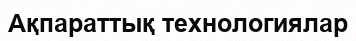
Ақпараттық технологиялар